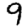
Digit: 9